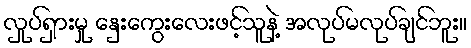
လှုပ်ရှားမှု နှေးကွေးလေးဖင့်သူနဲ့ အလုပ်မလုပ်ချင်ဘူး။